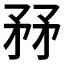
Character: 𥍤